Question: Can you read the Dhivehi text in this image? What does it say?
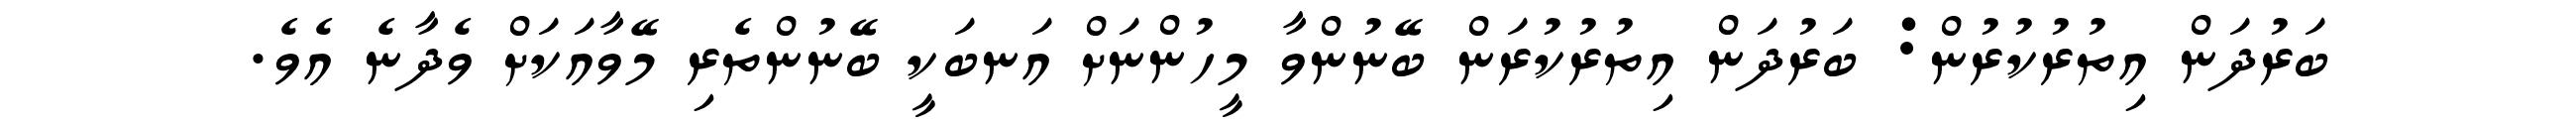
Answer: ބަރުދަން އިތުރުކުރުން: ބަރުދަން އިތުރުކުރަން ބޭނުންވާ މީހުންނަށް އަނބަކީ ބޭނުންތެރި މޭވާއަކަށް ވެދާނެ އެވެ.